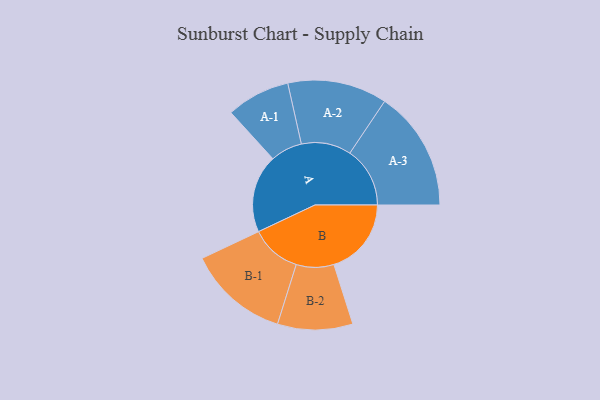
{"axis": {"x": "Segment", "y": "Value"}, "legend": ["", "A", "B"], "data": [{"x": "A", "y": 378, "type": ""}, {"x": "B", "y": 375, "type": ""}, {"x": "A-1", "y": 154, "type": "A"}, {"x": "A-2", "y": 241, "type": "A"}, {"x": "A-3", "y": 291, "type": "A"}, {"x": "B-1", "y": 245, "type": "B"}, {"x": "B-2", "y": 182, "type": "B"}]}